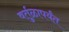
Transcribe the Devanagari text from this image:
वर्तुळापर्यंत